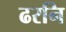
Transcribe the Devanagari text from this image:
ढरनि